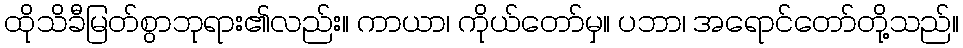
ထိုသိခီမြတ်စွာဘုရား၏လည်း။ ကာယာ၊ ကိုယ်တော်မှ။ ပဘာ၊ အရောင်တော်တို့သည်။